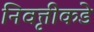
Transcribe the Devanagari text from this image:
निवृत्तीकडे